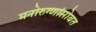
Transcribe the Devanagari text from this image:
मनोरुग्णांसोबत